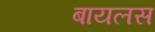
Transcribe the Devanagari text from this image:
बायलस